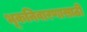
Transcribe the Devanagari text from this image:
भूकनिवारणासाठी